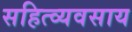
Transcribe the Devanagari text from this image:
सहित्व्यवसाय